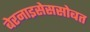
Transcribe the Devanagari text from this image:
बेरनाइसेससोबत